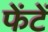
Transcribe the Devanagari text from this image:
फेंटें